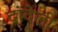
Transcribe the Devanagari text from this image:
दांदेली